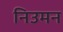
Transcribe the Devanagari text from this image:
निउमन